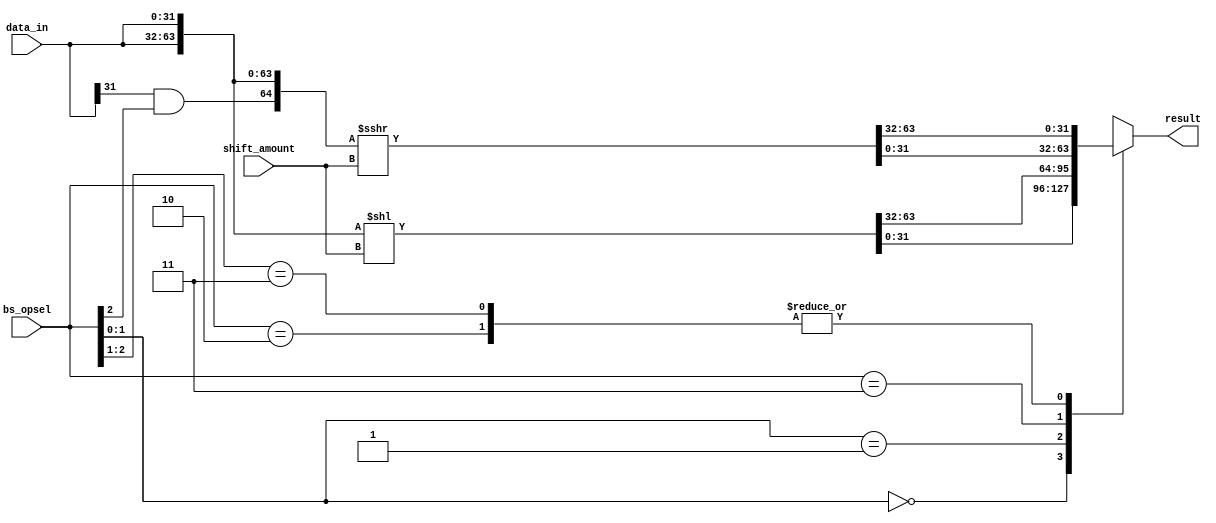
`timescale 1ns/1ps

`define BS_SLL 3'b?00
`define BS_SRL 3'b010
`define BS_ROL 3'b?01
`define BS_ROR 3'b011
`define BS_SRA 3'b11?

module lab3_barrel_shifter(bs_opsel, shift_amount, data_in, result);

input  [2:0]  bs_opsel;
input  [4:0]  shift_amount;
input  [31:0] data_in;
output reg [31:0] result;

reg  [31:0] out;
reg  [31:0] out_end;
wire [63:0] data_mod1, data_mod2;
wire arithm;
 
assign arithm = data_in[31] & bs_opsel[2];
assign data_mod1 = {data_in, data_in} << shift_amount;
assign data_mod2 = $signed({arithm, data_in, data_in}) >>> shift_amount;


always @* begin
  casez (bs_opsel)
		`BS_SLL : result = data_mod1[31:0];
		`BS_SRL : result = data_mod2[63:32];
		`BS_ROL : result = data_mod1[63:32];
		`BS_ROR : result = data_mod2[31:0];
		`BS_SRA : result = data_mod2[63:32];
		default:  result = {32{1'bz}}; 
  endcase
end

endmodule